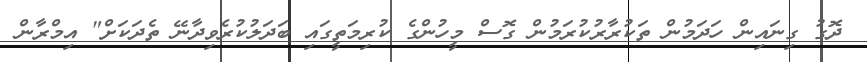
ދޮގު ގިނައިން ހަދަމުން ތަކުރާރުކުރަމުން ގޮސް މީހުންގެ ކުރިމަތީގައި ބަދަލުކުރެވިދާނޭ ތެދަކަށް" އިމްރާން